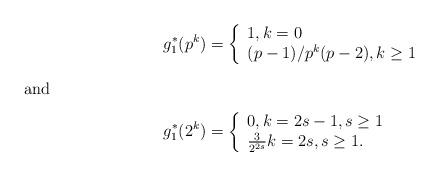
LaTeX: \begin{align*}g^*_1(p^k)&=\left \{\begin{array}{ll} 1, k=0\\ (p-1)/p^k(p-2), k\ge 1 \end{array}\right.\\ \intertext{and}g^*_1(2^k)&=\left \{ \begin{array}{ll} 0, k=2s-1, s\ge 1\\ \frac{3}{2^{2s}}k=2s, s\ge 1. \end{array}\right.\end{align*}